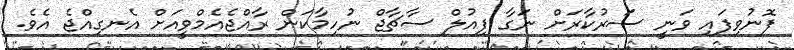
ފޮނުވިފައި ވަނީ ސަރުކާރަށް ނަގާ ފިއުލް ސާޗާޖް ނުހިމާކަން ރާއްޖެއެމްވީއަށް އެނގިއްޖެ އެވެ.